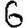
Digit: 6